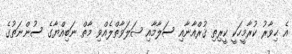
އެ ޙިވާރު ކުރާމީހަކީ ކީރިތި ޤުރްއާނާއި ސަލާމާއި ޞަލަވާތްލެއްވި މާތް ނަބިއްޔާގެ ސުންނަތުގެ